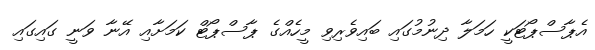
އެޕާސްޕޯޓަކީ ހަމަލާ ދިނުމުގައި ބައިވެރިވި މީހެއްގެ ޕާސްޕޯޓް ކަމަށާއި އޭނާ ވަނީ ގައިގައި